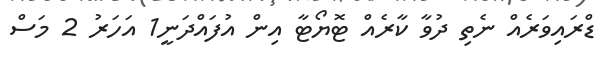
ޑްރައިވަރެއް ނެތި ދުވާ ކާރެއް ޓޮޔޯޓާ އިން އުފައްދަނީ1 އަހަރު 2 މަސް